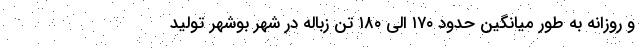
و روزانه به طور میانگین حدود ۱۷۰ الی ۱۸۰ تُن زباله در شهر بوشهر تولید